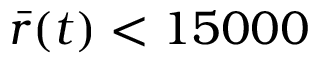
\bar { r } ( t ) < 1 5 0 0 0